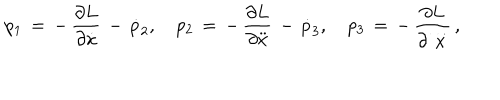
p _ { 1 } \, = \, - \, \frac { \partial L } { \partial \dot { x } } \, - \, \dot { p } _ { 2 } , \quad p _ { 2 } \, = \, - \, \frac { \partial L } { \partial \ddot { x } } \, - \, \dot { p } _ { 3 } , \quad p _ { 3 } \, = \, - \, \frac { \partial L } { \partial \stackrel { \ldots } { x } } \, { , }